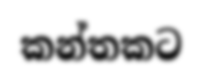
කන්තකට